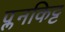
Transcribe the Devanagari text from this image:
प्लनकिट्ट